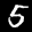
Label: 5